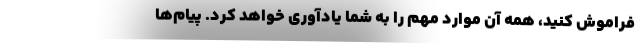
فراموش کنید، همه آن موارد مهم را به شما یادآوری خواهد کرد. پیام‌ها